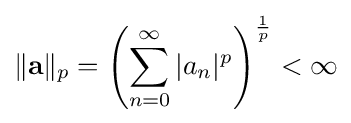
\|\mathbf {a} \|_{p}=\left(\sum _{n=0}^{\infty }|a_{n}|^{p}\right)^{\frac {1}{p}}<\infty